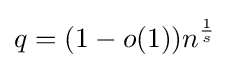
q=(1-o(1))n^{\frac {1}{s}}